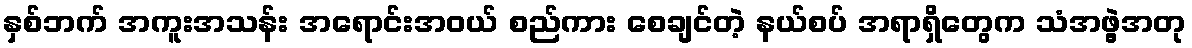
နှစ်ဘက် အကူးအသန်း အရောင်းအဝယ် စည်ကား စေချင်တဲ့ နယ်စပ် အရာရှိတွေက သံအဖွဲ့အတု